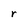
Character: r